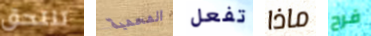
تلتحق المحمية تفعل ماذا فرح